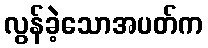
လွန်ခဲ့သောအပတ်က